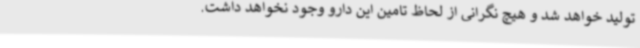
تولید خواهد شد و هیچ نگرانی از لحاظ تامین این دارو وجود نخواهد داشت.